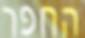
החפר